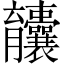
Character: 𫇄